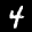
Label: 4